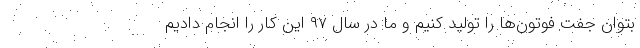
بتوان جفت فوتون‌ها را تولید کنیم و ما در سال ۹۷ این کار را انجام دادیم